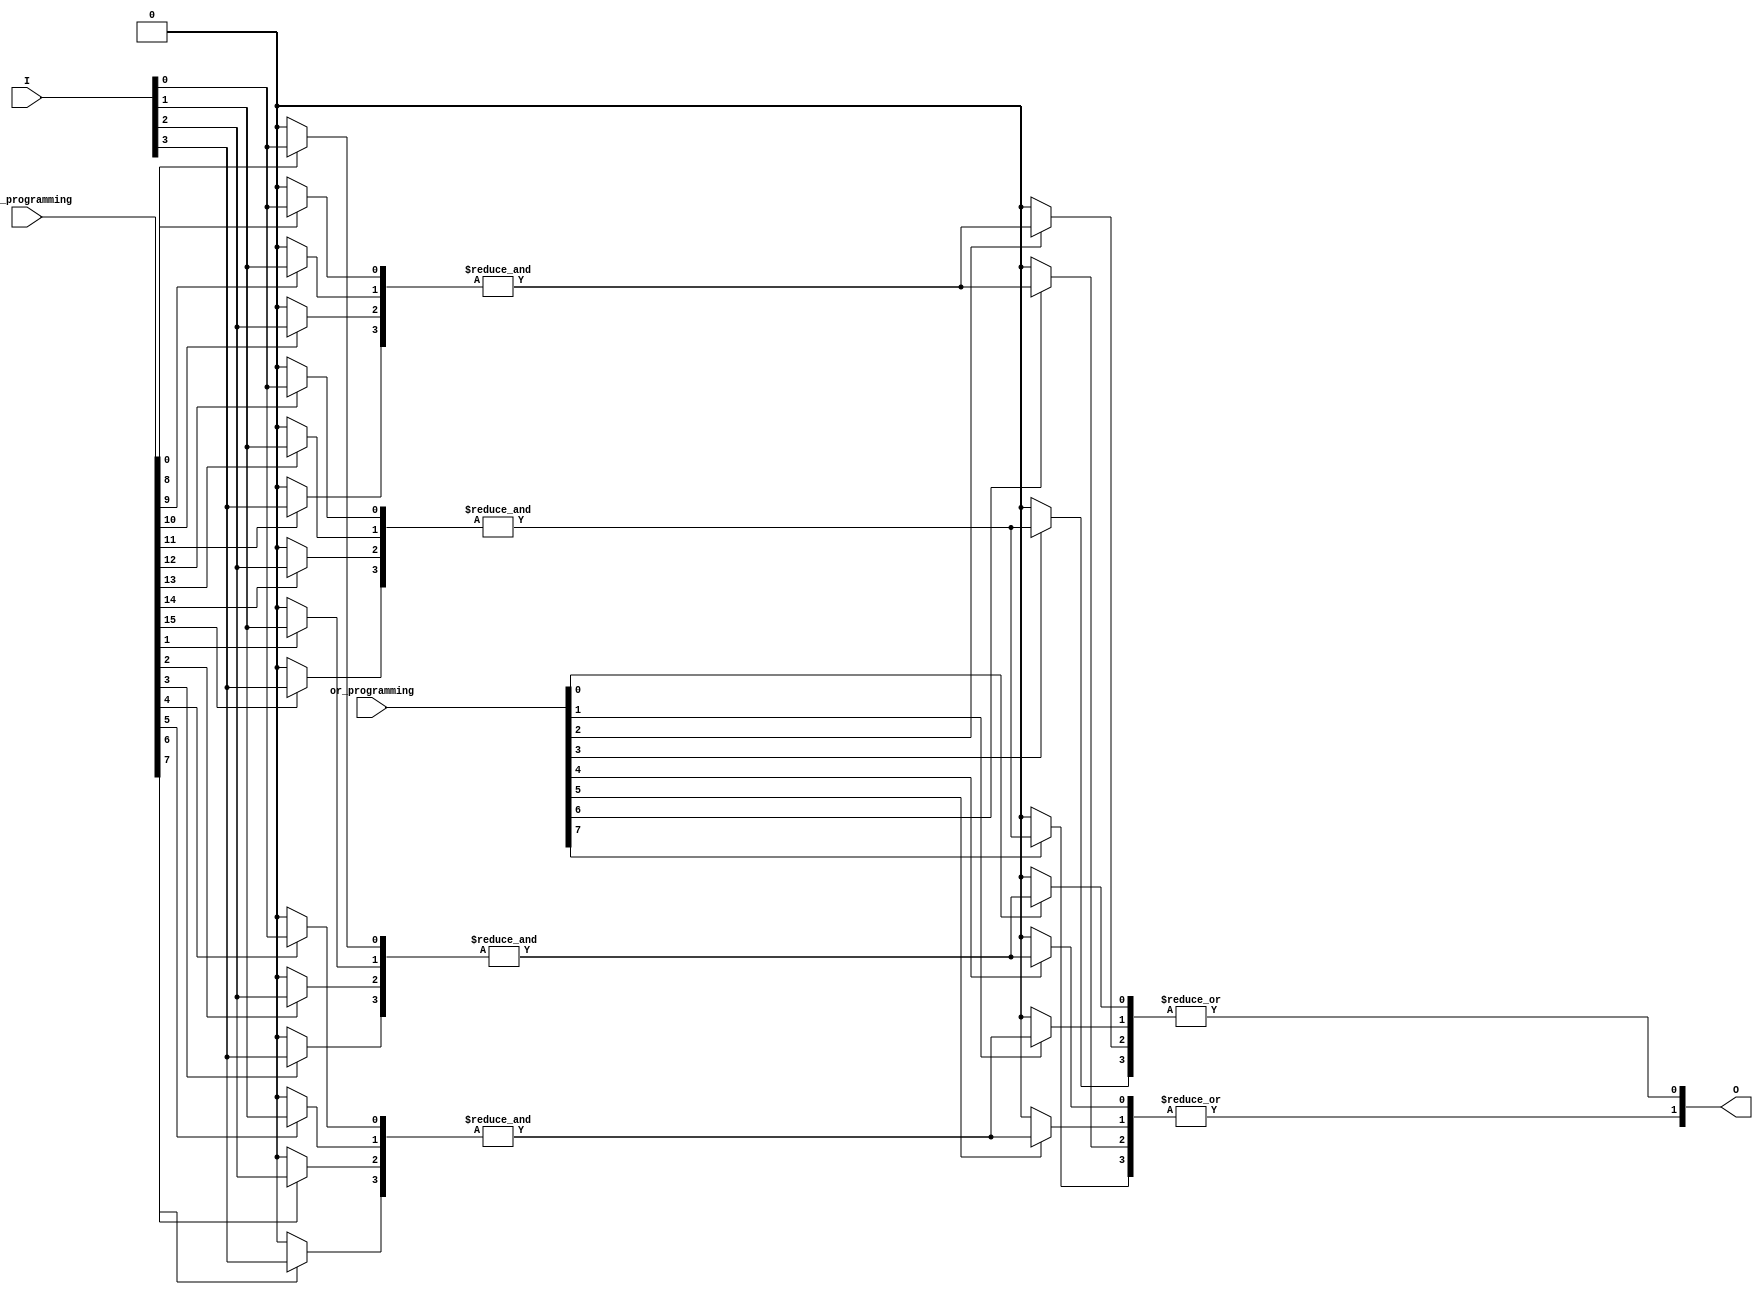
module programmable_logic_array #(
    parameter N = 4, // Number of inputs
    parameter M = 4, // Number of AND gates
    parameter K = 2  // Number of OR gates
)(
    input wire [N-1:0] I, // Input signals
    input wire [M*N-1:0] and_programming, // Programming for AND gates (fuses)
    input wire [K*M-1:0] or_programming, // Programming for OR gates (fuses)
    output wire [K-1:0] O // Output signals
);

    // Intermediate product terms from AND gates
    wire [M-1:0] P; 

    // Generate the AND array
    genvar i, j;
    generate
        for (i = 0; i < M; i = i + 1) begin : and_array
            wire [N-1:0] and_inputs;
            // Select inputs based on programming (fuses)
            for (j = 0; j < N; j = j + 1) begin : input_selection
                assign and_inputs[j] = and_programming[i*N + j] ? I[j] : 1'b0;
            end
            // AND gate operation
            assign P[i] = &and_inputs; // AND operation
        end
    endgenerate

    // Final outputs from OR gates
    generate
        for (i = 0; i < K; i = i + 1) begin : or_array
            wire [M-1:0] or_inputs;
            // Select product terms based on programming (fuses)
            for (j = 0; j < M; j = j + 1) begin : product_selection
                assign or_inputs[j] = or_programming[i*M + j] ? P[j] : 1'b0;
            end
            // OR gate operation
            assign O[i] = |or_inputs; // OR operation
        end
    endgenerate

endmodule